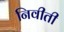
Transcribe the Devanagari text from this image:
निवीती